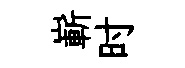
嶄时